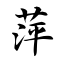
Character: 萍